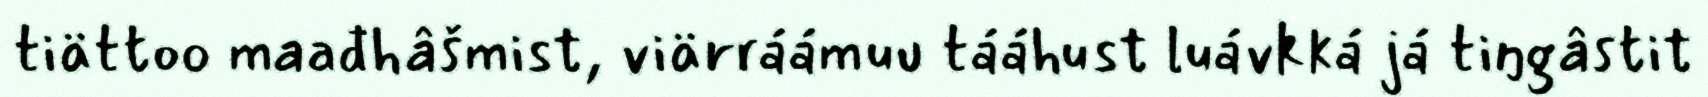
tiättoo maađhâšmist, viärráámuu tááhust luávkká já tiŋgâstit